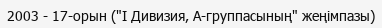
2003 - 17-орын ("I Дивизия, А-группасының" жеңімпазы)